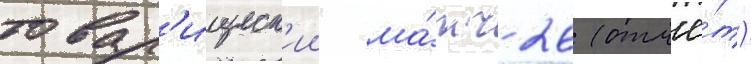
товар'ищеск'ии ма́тч 26 (отчё́т)